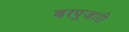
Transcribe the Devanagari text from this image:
बरपुजारी